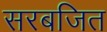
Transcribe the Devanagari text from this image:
सरबजित